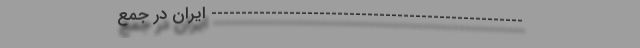
---------------------------------------------------- ایران در جمع